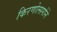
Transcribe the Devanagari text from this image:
किरणोत्सर्गाने